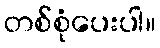
တစ်စုံပေးပါ။